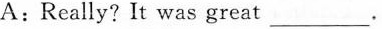
A：Really？It was great___